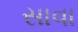
સાવા